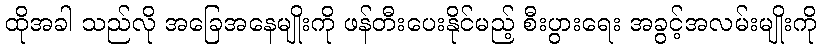
ထိုအခါ သည်လို အခြေအနေမျိုးကို ဖန်တီးပေးနိုင်မည့် စီးပွားရေး အခွင့်အလမ်းမျိုးကို